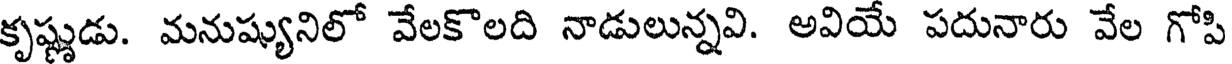
కృష్ణుడు. మనుష్యునిలో వేలకొలది నాడులున్నవి. అవియ పదునారు వేల గోపి